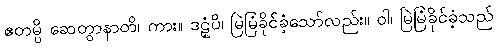
ဧတမ္ပိ ဆေတွာနာတိ၊ ကား။ ဒဠှံပိ၊ မြဲမြံခိုင်ခံ့သော်လည်း။ ဝါ၊ မြဲမြံခိုင်ခံ့သည်